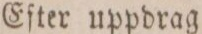
Eſter uppdrag